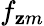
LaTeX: f_{\mathbf{z}m}